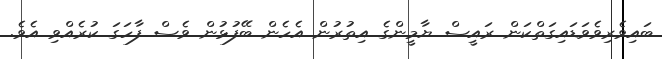
ބައިވެރިވެވަޑައިގަތްކަން ރައީސް ޔާމީންގެ އިތުރުން އެހެން ބޭފުޅުން ވެސް ފާހަގަ ކުރެއްވި އެވެ.